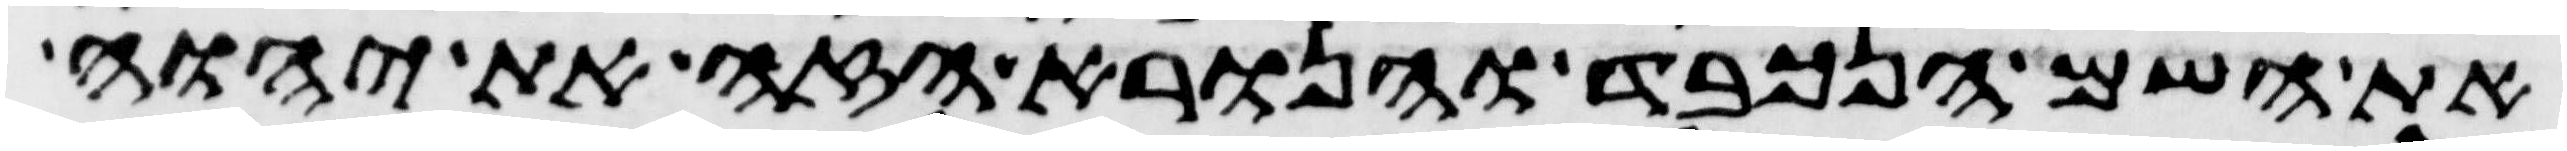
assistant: את השם הנכבד והנורא הזה את יהוה